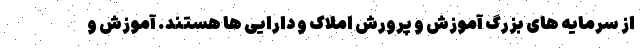
از سرمایه های بزرگ آموزش و پرورش املاک و دارایی ها هستند. آموزش و